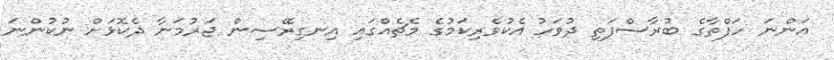
އަންނަ ހަފްތާގެ ބުރާސްފަތި ދުވަހު އެކުވެރިކަމުގެ މެޗެއްގައި އިނގިރޭސިން ޖަރުމަނާ ދެކޮޅަށް ނުކުންނަ